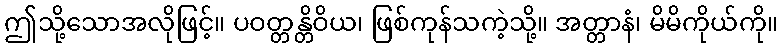
ဤသို့သောအလိုဖြင့်။ ပဝတ္တန္တိဝိယ၊ ဖြစ်ကုန်သကဲ့သို့။ အတ္တာနံ၊ မိမိကိုယ်ကို။